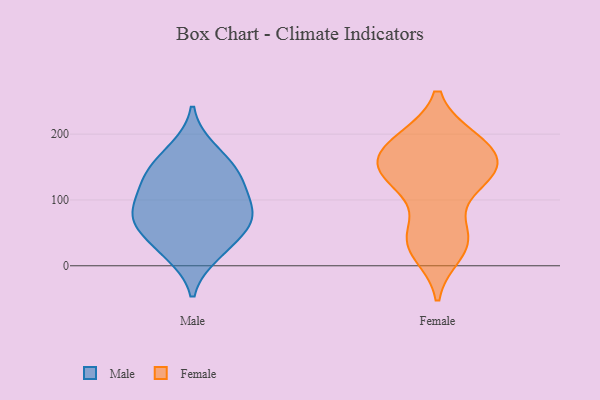
{"axis": {"x": "Revenue (USD Million)", "y": "Value"}, "legend": ["Female", "Male"], "data": [{"x": "", "y": 71, "type": "Male"}, {"x": "", "y": 177, "type": "Male"}, {"x": "", "y": 18, "type": "Male"}, {"x": "", "y": 109, "type": "Male"}, {"x": "", "y": 71, "type": "Male"}, {"x": "", "y": 78, "type": "Male"}, {"x": "", "y": 150, "type": "Male"}, {"x": "", "y": 30, "type": "Male"}, {"x": "", "y": 124, "type": "Male"}, {"x": "", "y": 138, "type": "Male"}, {"x": "", "y": 67, "type": "Male"}, {"x": "", "y": 152, "type": "Female"}, {"x": "", "y": 46, "type": "Female"}, {"x": "", "y": 30, "type": "Female"}, {"x": "", "y": 143, "type": "Female"}, {"x": "", "y": 153, "type": "Female"}, {"x": "", "y": 21, "type": "Female"}, {"x": "", "y": 131, "type": "Female"}, {"x": "", "y": 155, "type": "Female"}, {"x": "", "y": 122, "type": "Female"}, {"x": "", "y": 191, "type": "Female"}, {"x": "", "y": 187, "type": "Female"}, {"x": "", "y": 189, "type": "Female"}, {"x": "", "y": 131, "type": "Female"}, {"x": "", "y": 46, "type": "Female"}, {"x": "", "y": 191, "type": "Female"}, {"x": "", "y": 160, "type": "Female"}, {"x": "", "y": 41, "type": "Female"}]}